Annual report of the Punjab Veterinary College and of the Civil Veterinary Department, Punjab - 1909-1919
Year: 1909
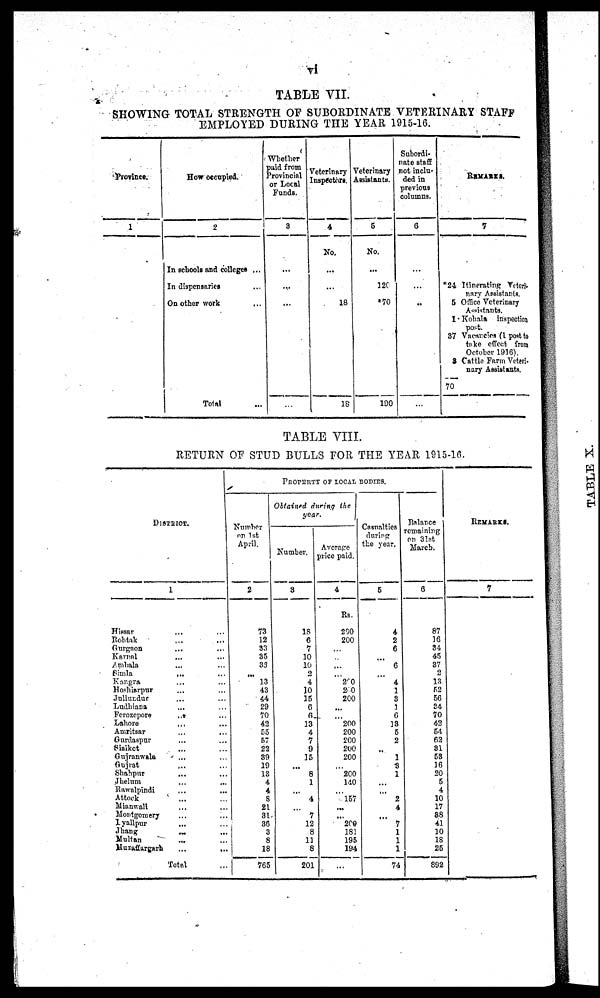
vi
TABLE VII.
SHOWING TOTAL STRENGTH OF SUBORDINATE VETERINARY STAFF
EMPLOYED DURING THE YEAR 1915-16.
Province.
1
How occupied.
2
In schools and colleges ...
In dispensaries ...
On other work ...
Total ...
Whether
paid from
Provincial
or Local
Funds.
3
...
...
...
Veterinary
Inspectors.
4
No.
...
...
18
18
Veterinary
Assistants.
5
No.
...
120
*70
100
Subordi-
nate staff
not inclu-
ded in
previous
columns.
6
...
...
..
REMARKS.
7
*24 Itinerating Veteri-
nary Assistants.
5 Office Veterinary
Assistants.
1 Kohala
inspection
post.
37 Vacancies (1 post to
take effect from
October 1916).
3 Cattle Farm Vetevi-
nary Assistants.
70
TABLE VIII.
RETURN OF STUD BULLS FOR THE YEAR 1915-16.
DISTRICT.
1
Hissar ... ...
Rohtak ... ...
Gurgaon ... ...
Karnal ... ...
Ambala ... ...
Simla ... ...
Kangra ... ...
Hoshiarpur ... ...
Jullundur ... ...
Ludhiana ... ...
Ferozepore
...
...
Lahore
Amritsar ... ...
Gurdaspur ... ...
Sialkot ... ...
Gujranwala ... ...
Gujrat ... ...
Shahpur ... ...
Jhelum ... ...
Rawalpindi ... ...
Attock ... ...
Mianwali ... ...
Montgomery ... ...
Lyallpur ... ...
Jhang ... ...
Multan ... ...
Muzaffargarh ... ...
Total ...
PROPERTY OF LOCAL BODIES.
Number
on 1st
April.
2
73
12
33
35
33
...
13
43
44
29
70
42
55
57
22
39
19
13
4
4
8
21
31
36
3
8
18
765
Obtained during
the
year.
Number.
3
18
6
7
10
10
2
4
10
15
6
6
13
4
7
9
15
...
8
1
...
4
...
7
12
8
11
8
201
Average
price paid.
4
Rs.
290
200
...
...
....
...
200
200
200
...
...
200
200
200
200
200
...
200
140
...
157
...
...
200
181
195
194
...
Casualties
during
the year.
5
4
2
6
...
6
...
4
1
3
1
6
13
5
2
...
1
3
1
...
...
2
4
...
7
1
1
1
74
Balance
remaining
on 31st
March.
6
87
16
34
45
37
2
13
52
56
34
70
42
54
62
31
53
16
20
5
4
10
17
38
41
10
18
25
892
REMARKS.
7